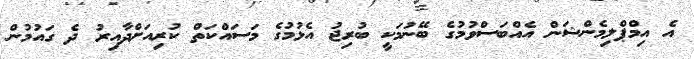
އެ އިމްޕްލިމެންޝަން އެއްބަސްވުމުގެ ބޭނުމަކީ ބުރިޖު އެޅުމުގެ މަސައްކަތް ކުރިއަށްދާއިރު ދެ ގައުމުން